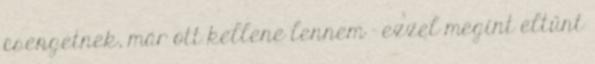
csengetnek, már ott kellene lennem - ezzel megint eltűnt